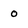
Character: o